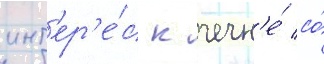
инт'ер'е́с к чечн'е́ со́